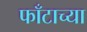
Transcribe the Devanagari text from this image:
फाँटाच्या